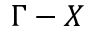
\Gamma - X